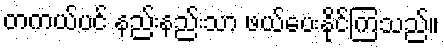
တကယ်ပင် နည်းနည်းသာ ဖယ်ပေးနိုင်ကြသည်။